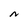
Character: N